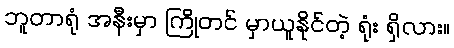
ဘူတာရုံ အနီးမှာ ကြိုတင် မှာယူနိုင်တဲ့ ရုံး ရှိလား။